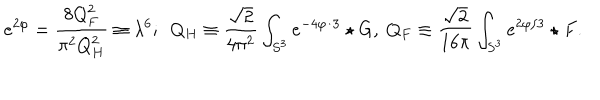
LaTeX: e ^ { 2 \varphi } = { \frac { 8 Q _ { F } ^ { 2 } } { \pi ^ { 2 } Q _ { H } ^ { 2 } } } \equiv \lambda ^ { 6 } ; \ \ Q _ { H } \equiv { \frac { \sqrt { 2 } } { 4 \pi ^ { 2 } } } \int _ { S ^ { 3 } } e ^ { - 4 \varphi / 3 } \star G , \ Q _ { F } \equiv { \frac { \sqrt { 2 } } { 1 6 \pi } } \int _ { S ^ { 3 } } e ^ { 2 \varphi / 3 } \star F .